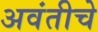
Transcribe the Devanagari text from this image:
अवंतीचे